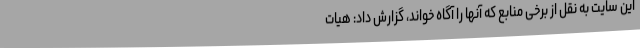
این سایت به نقل از برخی منابع که آنها را آگاه خواند، گزارش داد: هیات